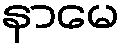
နာမေ